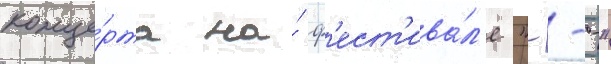
конце́рта на́ ф'ест'ива́л'е "---"